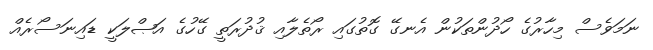
ނަމަވެސް މިހާރުގެ ހޯދުންތަކުން އެނގޭ ގޮތުގައި ރޯތެލާއި ޤުދުރަތީ ގޭހުގެ އަޞްލަކީ ޑައިނަސޯރެއް